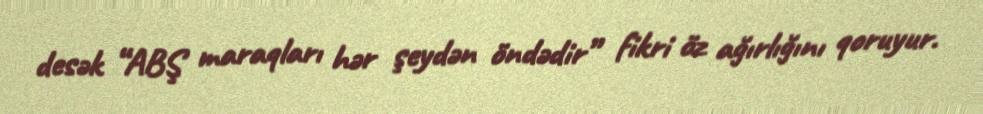
desək “ABŞ maraqları hər şeydən öndədir” fikri öz ağırlığını qoruyur.